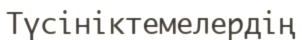
Түсініктемелердің